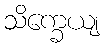
သိက္ခေယျ